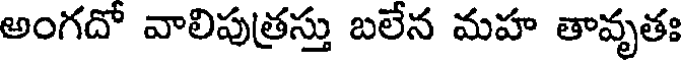
అంగదో వాలిపుత్రస్తు బలేన మహ తావృతః